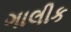
ગાલીક